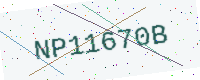
Text: NP11670B